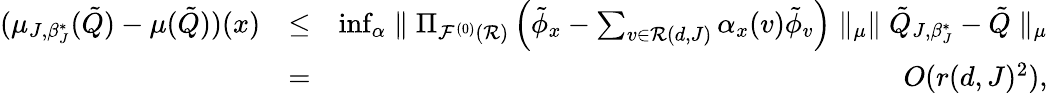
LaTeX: \begin{array}{rlr}{(\mu_{J,\beta_{J}^{*}}(\tilde{Q})-\mu(\tilde{Q}))(x)}&{\leq}&{\operatorname*{inf}_{\alpha}\parallel\Pi_{{\cal F}^{(0)}({\cal R})}\left(\tilde{\phi}_{x}-\sum_{v\in{\cal R}(d,J)}\alpha_{x}(v)\tilde{\phi}_{v}\right)\parallel_{\mu}\parallel\tilde{Q}_{J,\beta_{J}^{*}}-\tilde{Q}\parallel_{\mu}}\\ &{=}&{O(r(d,J)^{2}),}\end{array}